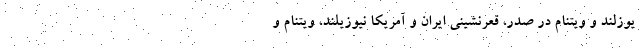
یوزلند و ویتنام در صدر، قعرنشینی ایران و آمریکا نیوزیلند، ویتنام و